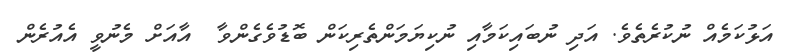
އަޅުކަމެއް ނުކުރެތެވެ. އަދި ނުބައިކަމާއި ނުކިޔަމަންތެރިކަން ބޮޑުވެގެންވާ  އާއަށް މެނުވީ އެއުރެން